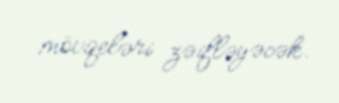
mövqeləri zəifləyəcək.